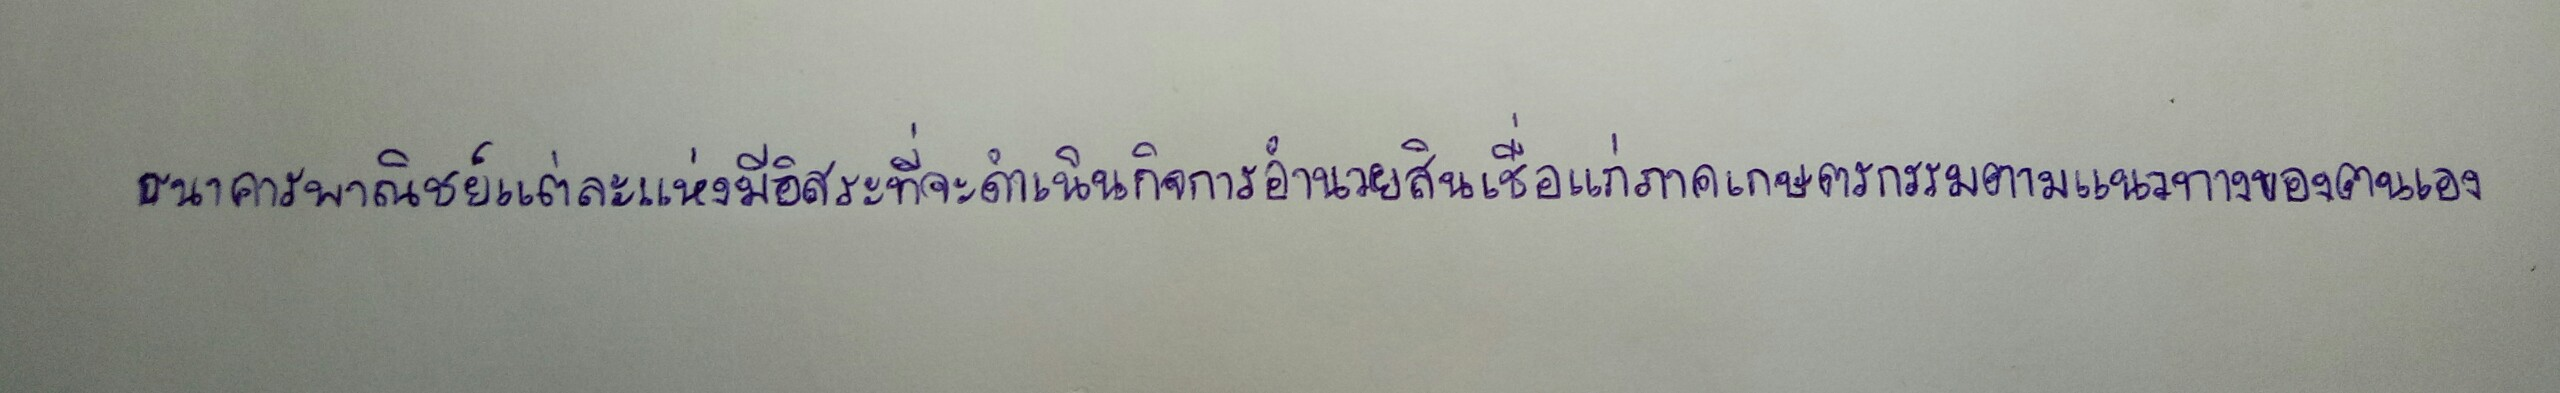
ธนาคารพาณิชย์แต่ละแห่งมีอิสระที่จะดำเนินกิจการอำนวยสินเชื่อแก่ภาคเกษตรกรรมตามแนวทางของตนเอง